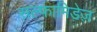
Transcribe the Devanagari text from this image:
सल्फामिडेज़